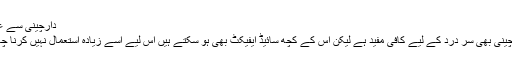
دارچینی سے علاج
دار چینی بھی سر درد کے لیے کافی مفید ہے لیکن اس کے کچھ سائیڈ ایفیکٹ بھی ہو سکتے ہیں اس لیے اسے زیادہ استعمال نہیں کرنا چاہے۔